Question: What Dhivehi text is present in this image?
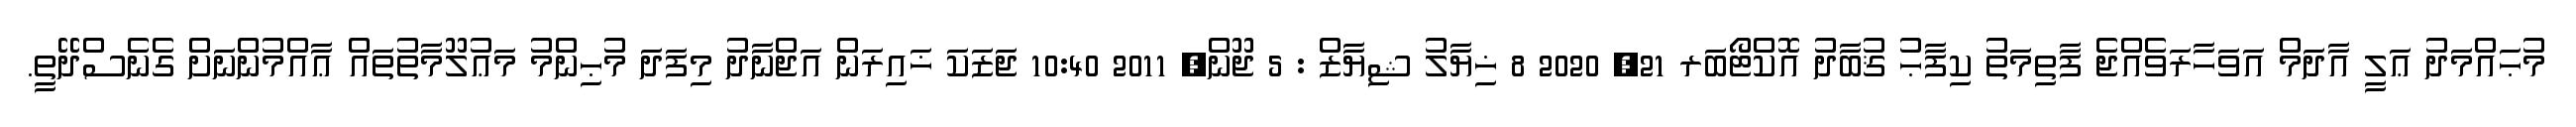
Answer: މުޙައްމަދު ޢަލީ އާދަމް އަވަހާރަވެއްޖެ ފާތިމަތު ކިފާޙު ޤުބާދު އޮކްޓޯބަރ 21, 2020 8 ޚިޔާލު ޝިޔާޒް : 5 ޖޫން, 2011 10:40 ޖަޒަކަ ޚައިރަން އަޖްނާދު މިފަދަ މުޙިންމު މަޢުލޫމާތުތައް ޢާއްމުންނަށް ގެނެސްދޭތީ.